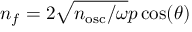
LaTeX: n _ { f } = 2 { \sqrt { n _ { \mathrm { o s c } } / \omega } } p \cos ( \theta )